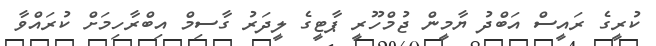
ކުރީގެ ރައީސް އަބްދު ޔާމީން ޖުމްހޫރީ ޕާޓީގެ ލީދަރު ގާސިމް އިބްރާހިމަށް ކުރައްވާ